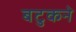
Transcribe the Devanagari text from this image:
बटुकने